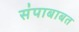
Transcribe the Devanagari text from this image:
संपाबाबत